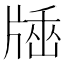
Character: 𤗠